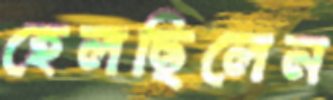
হেলছিলেন